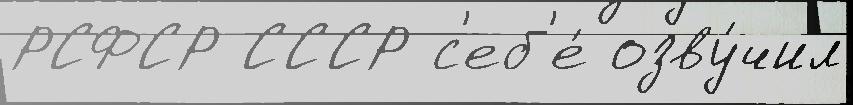
РСФСР СССР с'еб'е́ озву́чил